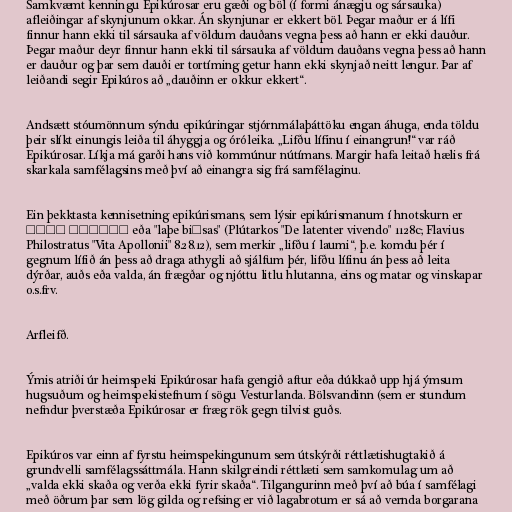
Samkvæmt kenningu Epikúrosar eru gæði og böl (í formi ánægju og sársauka)
afleiðingar af skynjunum okkar. Án skynjunar er ekkert böl. Þegar maður er á lífi
finnur hann ekki til sársauka af völdum dauðans vegna þess að hann er ekki dauður.
Þegar maður deyr finnur hann ekki til sársauka af völdum dauðans vegna þess að hann
er dauður og þar sem dauði er tortíming getur hann ekki skynjað neitt lengur. Þar af
leiðandi segir Epikúros að „dauðinn er okkur ekkert“.

Andsætt stóumönnum sýndu epikúringar stjórnmálaþáttöku engan áhuga, enda töldu
þeir slíkt einungis leiða til áhyggja og óróleika. „Lifðu lífinu í einangrun!“ var ráð
Epikúrosar. Líkja má garði hans við kommúnur nútímans. Margir hafa leitað hælis frá
skarkala samfélagsins með því að einangra sig frá samfélaginu.

Ein þekktasta kennisetning epikúrismans, sem lýsir epikúrismanum í hnotskurn er
λάθε βιώσας eða "laþe biōsas" (Plútarkos "De latenter vivendo" 1128c; Flavius
Philostratus "Vita Apollonii" 8.28.12), sem merkir „lifðu í laumi“, þ.e. komdu þér í
gegnum lífið án þess að draga athygli að sjálfum þér, lifðu lífinu án þess að leita
dýrðar, auðs eða valda, án frægðar og njóttu litlu hlutanna, eins og matar og vinskapar
o.s.frv.

Arfleifð.

Ýmis atriði úr heimspeki Epikúrosar hafa gengið aftur eða dúkkað upp hjá ýmsum
hugsuðum og heimspekistefnum í sögu Vesturlanda. Bölsvandinn (sem er stundum
nefndur þverstæða Epikúrosar er fræg rök gegn tilvist guðs.

Epikúros var einn af fyrstu heimspekingunum sem útskýrði réttlætishugtakið á
grundvelli samfélagssáttmála. Hann skilgreindi réttlæti sem samkomulag um að
„valda ekki skaða og verða ekki fyrir skaða“. Tilgangurinn með því að búa í samfélagi
með öðrum þar sem lög gilda og refsing er við lagabrotum er sá að vernda borgarana